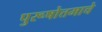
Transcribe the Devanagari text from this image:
पुरूषोत्तमाचे